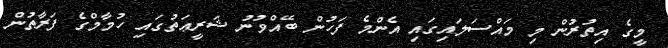
މީގެ އިތުރުން މި މައްސަލައިގައި އެންމެ ފަހުން ބޭއްވުނު ޝަރީޢަތުގައި ހުމާމްގެ ފަރާތުން